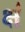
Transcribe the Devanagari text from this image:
क्षं